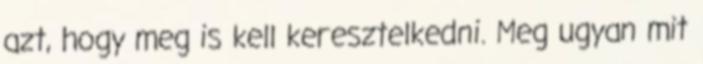
azt, hogy meg is kell keresztelkedni. Meg ugyan mit